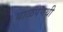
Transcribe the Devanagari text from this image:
बाळपणथी